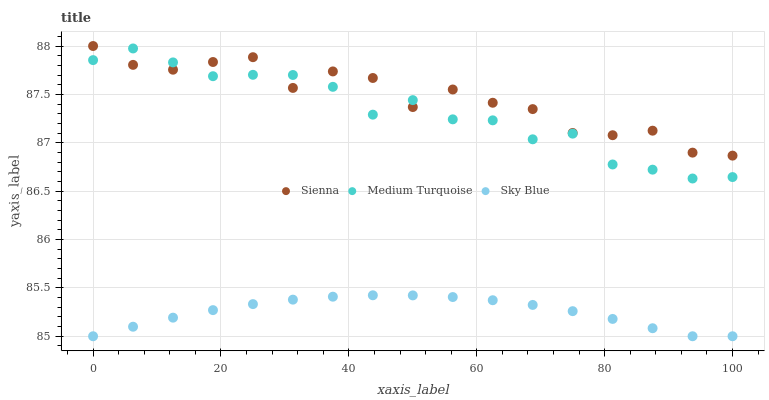
| xaxis_label | Sienna | Medium Turquoise | Sky Blue |
 | --- | --- | --- | --- |
 | 0 | 88 | 87.9 | 85 |
 | 6.25 | 87.8 | 88 | 85.1 |
 | 12.5 | 87.8 | 87.8 | 85.2 |
 | 18.8 | 87.8 | 87.7 | 85.3 |
 | 25 | 87.9 | 87.7 | 85.3 |
 | 31.2 | 87.6 | 87.7 | 85.4 |
 | 37.5 | 87.7 | 87.6 | 85.4 |
 | 43.8 | 87.7 | 87.3 | 85.4 |
 | 50 | 87.4 | 87.4 | 85.4 |
 | 56.2 | 87.6 | 87.2 | 85.4 |
 | 62.5 | 87.4 | 87.2 | 85.4 |
 | 68.8 | 87.3 | 87 | 85.3 |
 | 75 | 87.1 | 87.1 | 85.3 |
 | 81.2 | 87.1 | 86.8 | 85.2 |
 | 87.5 | 87.1 | 86.7 | 85.1 |
 | 93.8 | 86.9 | 86.6 | 85 |
 | 100 | 86.9 | 86.6 | 85 |